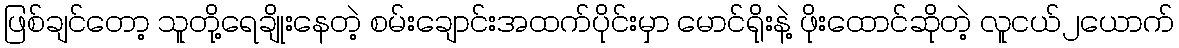
ဖြစ်ချင်တော့ သူတို့ရေချိုးနေတဲ့ စမ်းချောင်းအထက်ပိုင်းမှာ မောင်ရိုးနဲ့ ဖိုးထောင်ဆိုတဲ့ လူငယ်၂ယောက်